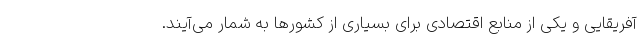
آفریقایی و یکی از منابع اقتصادی برای بسیاری از کشورها به شمار می‌آیند.